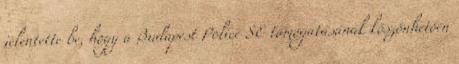
jelentette be, hogy a Budapest Police SE támogatásának köszönhetően